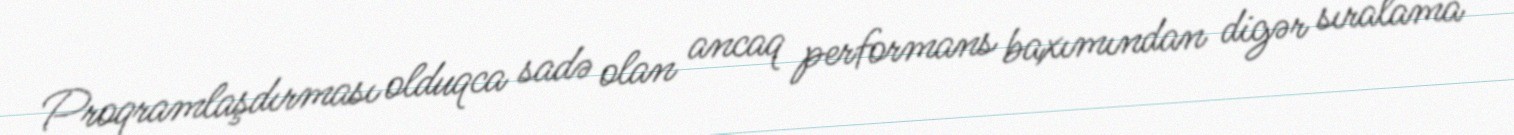
Proqramlaşdırması olduqca sadə olan ancaq performans baxımından digər sıralama